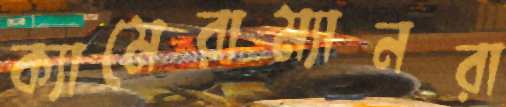
ক্যামেরাম্যানরা